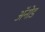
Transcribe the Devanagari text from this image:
अॅनोड